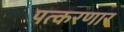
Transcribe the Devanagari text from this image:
पत्करणार